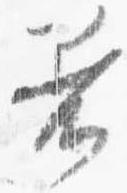
着